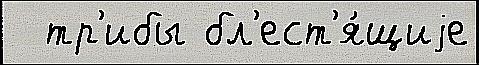
  тр'ибы бл'ест'я́щиjе